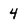
Character: 4